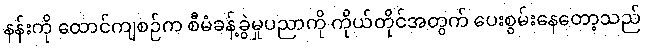
နန်းကို ထောင်ကျစဉ်က စီမံခန့်ခွဲမှုပညာကို ကိုယ်တိုင်အတွက် ပေးစွမ်းနေတော့သည်